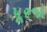
પૂરજો